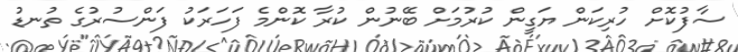
ސާފުކޮށް ހުރިކަން ޔަގީން ކުރުމަށް ބޭނުން ކުރާ ކޮންމެ ފަހަރަކު ފަންސުރުގެ ތުނޑު